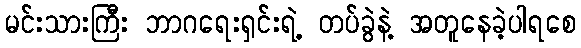
မင်းသားကြီး ဘာဂရေးရှင်းရဲ့ တပ်ခွဲနဲ့ အတူနေခဲ့ပါရစေ